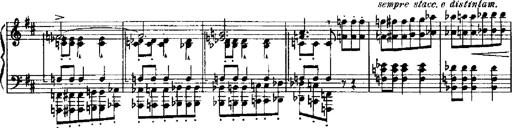
Title: RÃ©miniscences de Robert le diable
Composer: Franz Liszt